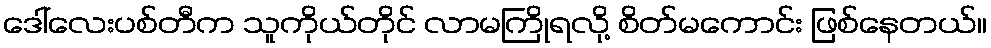
ဒေါ်လေးပစ်တီက သူကိုယ်တိုင် လာမကြိုရလို့ စိတ်မကောင်း ဖြစ်နေတယ်။